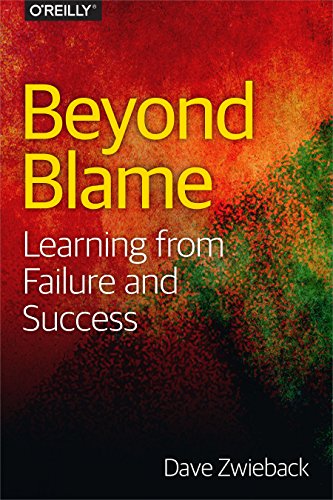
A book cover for Beyond Blame: Learning From Failure and Success; Dave Zwieback; Business & Money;